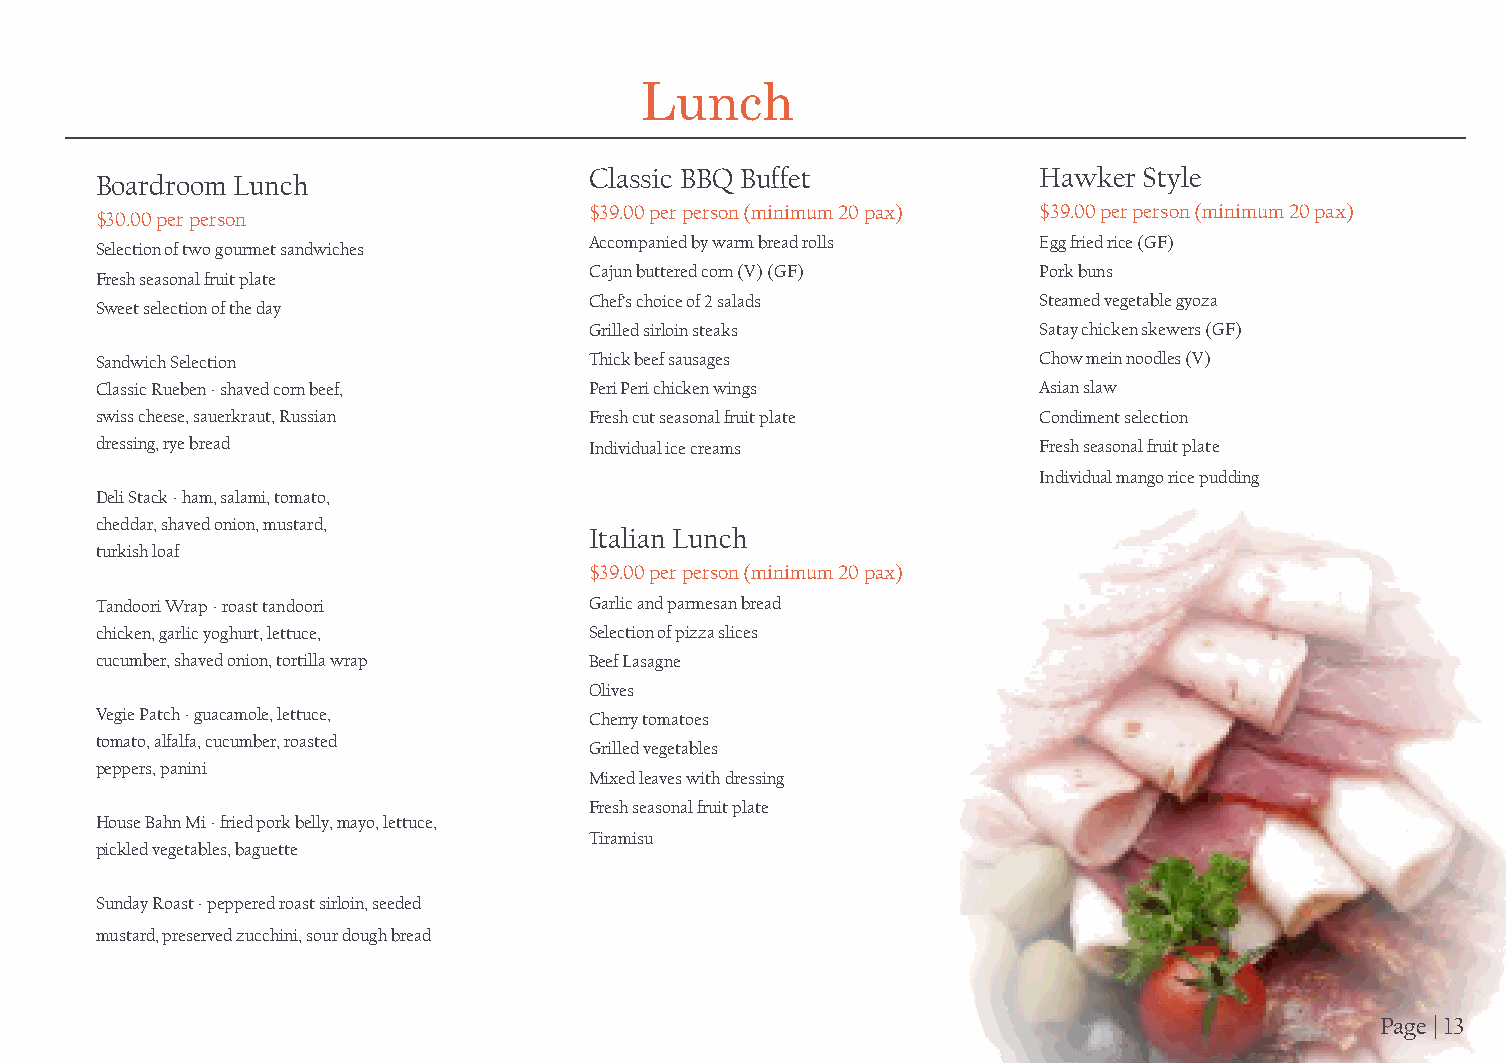
Lunch
 Classic BBQ Buffet            Hawker Style
 Boardroom Lunch
 $39.00 per person (minimum 20 pax) $39.00 per person (minimum 20 pax)
 $30.00 per person
 Accompanied by warm bread rolls Egg fried rice (GF)
 Selection of two gourmet sandwiches
 Cajun buttered corn (V) (GF)  Pork buns
 Fresh seasonal fruit plate
 Chef’s choice of 2 salads     Steamed vegetable gyoza
 Sweet selection of the day
 Grilled sirloin steaks        Satay chicken skewers (GF)
 Sandwich Selection               Thick beef sausages           Chow mein noodles (V)
 Classic Rueben - shaved corn beef, Peri Peri chicken wings     Asian slaw
 swiss cheese, sauerkraut, Russian Fresh cut seasonal fruit plate Condiment selection
 dressing, rye bread              Individual ice creams         Fresh seasonal fruit plate
 Individual mango rice pudding
 Deli Stack - ham, salami, tomato,
 cheddar, shaved onion, mustard,
 Italian Lunch
 turkish loaf
 $39.00 per person (minimum 20 pax)
 Tandoori Wrap - roast tandoori   Garlic and parmesan bread
 chicken, garlic yoghurt, lettuce, Selection of pizza slices
 cucumber, shaved onion, tortilla wrap Beef Lasagne
 Olives
 Vegie Patch - guacamole, lettuce, Cherry tomatoes
 tomato, alfalfa, cucumber, roasted
 Grilled vegetables
 peppers, panini
 Mixed leaves with dressing
 Fresh seasonal fruit plate
 House Bahn Mi - fried pork belly, mayo, lettuce,
 Tiramisu
 pickled vegetables, baguette
 Sunday Roast - peppered roast sirloin, seeded
 mustard, preserved zucchini, sour dough bread
 Page | 13